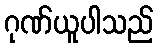
ဂုဏ်ယူပါသည်